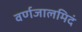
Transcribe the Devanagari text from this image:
वर्णजालमिदं